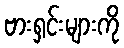
ဗားရှင်းများကို